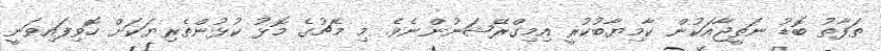
ތަފާތު ބޮޑު ނަތީޖާއަކުން ކާމިޔާބުކުރީ އިމިގްރޭޝަނުންނެވެ. މި މެޗުގެ މޮޅު ކުޅުންތެރިޔަކަށް ހޮވިފައިވަނީ